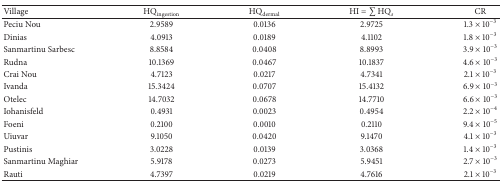
<table><thead><tr><td><b>Village</b></td><td><b>HQ<sub>ingestion</sub></b></td><td><b>HQ<sub>dermal</sub></b></td><td><b>HI = ∑HQ<sub><i>s</i></sub></b></td><td><b>CR</b></td></tr></thead><tbody><tr><td>Peciu Nou</td><td>2.9589</td><td>0.0136</td><td>2.9725</td><td>1.3 × 10<sup>−3</sup></td></tr><tr><td>Dinias</td><td>4.0913</td><td>0.0189</td><td>4.1102</td><td>1.8 × 10<sup>−3</sup></td></tr><tr><td>Sanmartinu Sarbesc</td><td>8.8584</td><td>0.0408</td><td>8.8993</td><td>3.9 × 10<sup>−3</sup></td></tr><tr><td>Rudna</td><td>10.1369</td><td>0.0467</td><td>10.1837</td><td>4.6 × 10<sup>−3</sup></td></tr><tr><td>Crai Nou</td><td>4.7123</td><td>0.0217</td><td>4.7341</td><td>2.1 × 10<sup>−3</sup></td></tr><tr><td>Ivanda</td><td>15.3424</td><td>0.0707</td><td>15.4132</td><td>6.9 × 10<sup>−3</sup></td></tr><tr><td>Otelec</td><td>14.7032</td><td>0.0678</td><td>14.7710</td><td>6.6 × 10<sup>−3</sup></td></tr><tr><td>Iohanisfeld</td><td>0.4931</td><td>0.0023</td><td>0.4954</td><td>2.2 × 10<sup>−4</sup></td></tr><tr><td>Foeni</td><td>0.2100</td><td>0.0010</td><td>0.2110</td><td>9.4 × 10<sup>−5</sup></td></tr><tr><td>Uiuvar</td><td>9.1050</td><td>0.0420</td><td>9.1470</td><td>4.1 × 10<sup>−3</sup></td></tr><tr><td>Pustinis</td><td>3.0228</td><td>0.0139</td><td>3.0368</td><td>1.4 × 10<sup>−3</sup></td></tr><tr><td>Sanmartinu Maghiar</td><td>5.9178</td><td>0.0273</td><td>5.9451</td><td>2.7 × 10<sup>−3</sup></td></tr><tr><td>Rauti</td><td>4.7397</td><td>0.0219</td><td>4.7616</td><td>2.1 × 10<sup>−3</sup></td></tr></tbody></table>